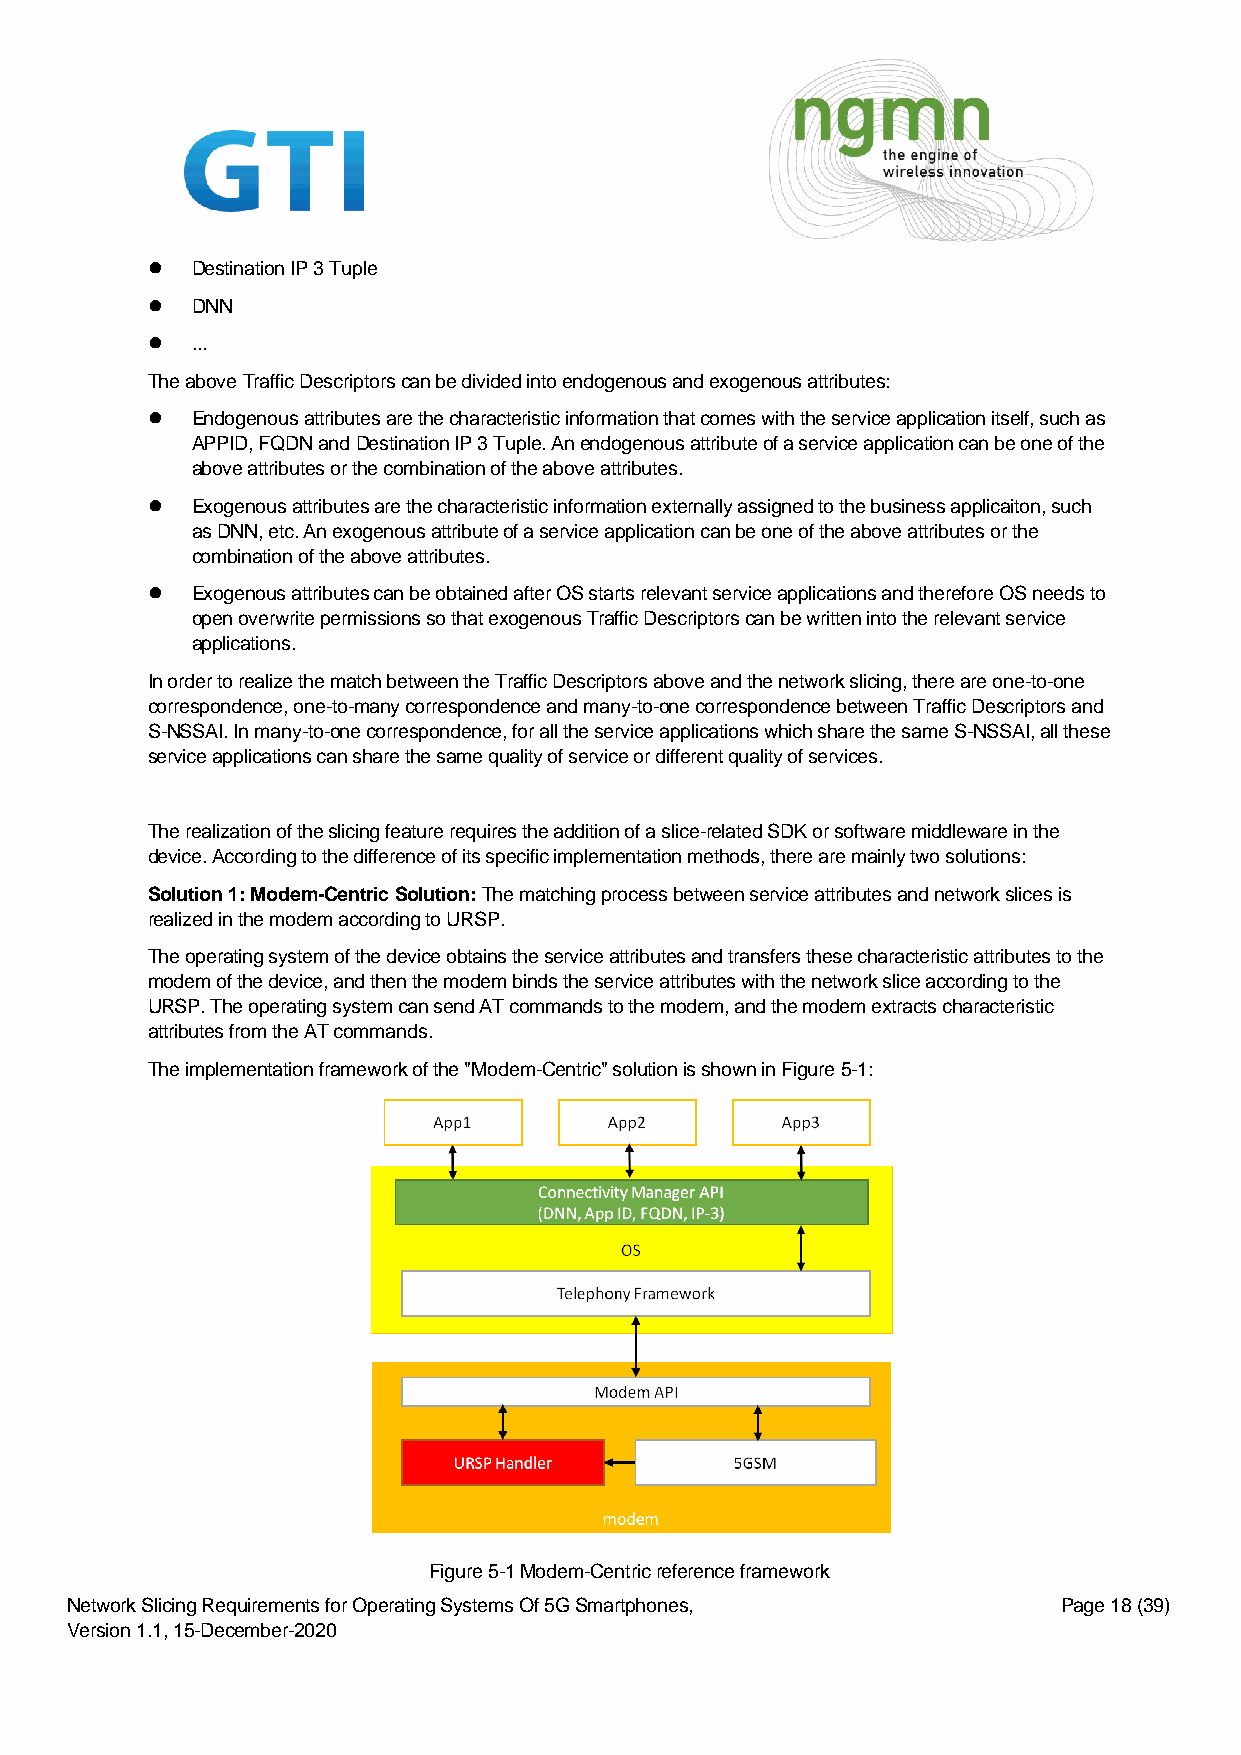
⚫  Destination IP 3 Tuple
 ⚫  DNN
 ⚫  ...
 The above Traffic Descriptors can be divided into endogenous and exogenous attributes:
 ⚫  Endogenous attributes are the characteristic information that comes with the service application itself, such as
 APPID, FQDN and Destination IP 3 Tuple. An endogenous attribute of a service application can be one of the
 above attributes or the combination of the above attributes.
 ⚫  Exogenous attributes are the characteristic information externally assigned to the business applicaiton, such
 as DNN, etc. An exogenous attribute of a service application can be one of the above attributes or the
 combination of the above attributes.
 ⚫  Exogenous attributes can be obtained after OS starts relevant service applications and therefore OS needs to
 open overwrite permissions so that exogenous Traffic Descriptors can be written into the relevant service
 applications.
 In order to realize the match between the Traffic Descriptors above and the network slicing, there are one-to-one
 correspondence, one-to-many correspondence and many-to-one correspondence between Traffic Descriptors and
 S-NSSAI. In many-to-one correspondence, for all the service applications which share the same S-NSSAI, all these
 service applications can share the same quality of service or different quality of services.
 The realization of the slicing feature requires the addition of a slice-related SDK or software middleware in the
 device. According to the difference of its specific implementation methods, there are mainly two solutions:
 Solution 1: Modem-Centric Solution: The matching process between service attributes and network slices is
 realized in the modem according to URSP.
 The operating system of the device obtains the service attributes and transfers these characteristic attributes to the
 modem of the device, and then the modem binds the service attributes with the network slice according to the
 URSP. The operating system can send AT commands to the modem, and the modem extracts characteristic
 attributes from the AT commands.
 The implementation framework of the "Modem-Centric" solution is shown in Figure 5-1:
 Figure 5-1 Modem-Centric reference framework
 Network Slicing Requirements for Operating Systems Of 5G Smartphones, Page 18 (39)
 Version 1.1, 15-December-2020